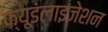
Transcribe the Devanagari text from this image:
फ्यूडलाइजेशन